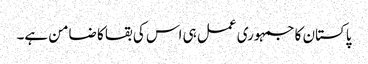
پاکستان کا جمہوری عمل ہی اس کی بقا کا ضامن ہے۔